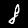
Label: 8